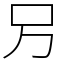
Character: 𠮠